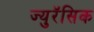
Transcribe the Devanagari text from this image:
ज्युरॅसिक